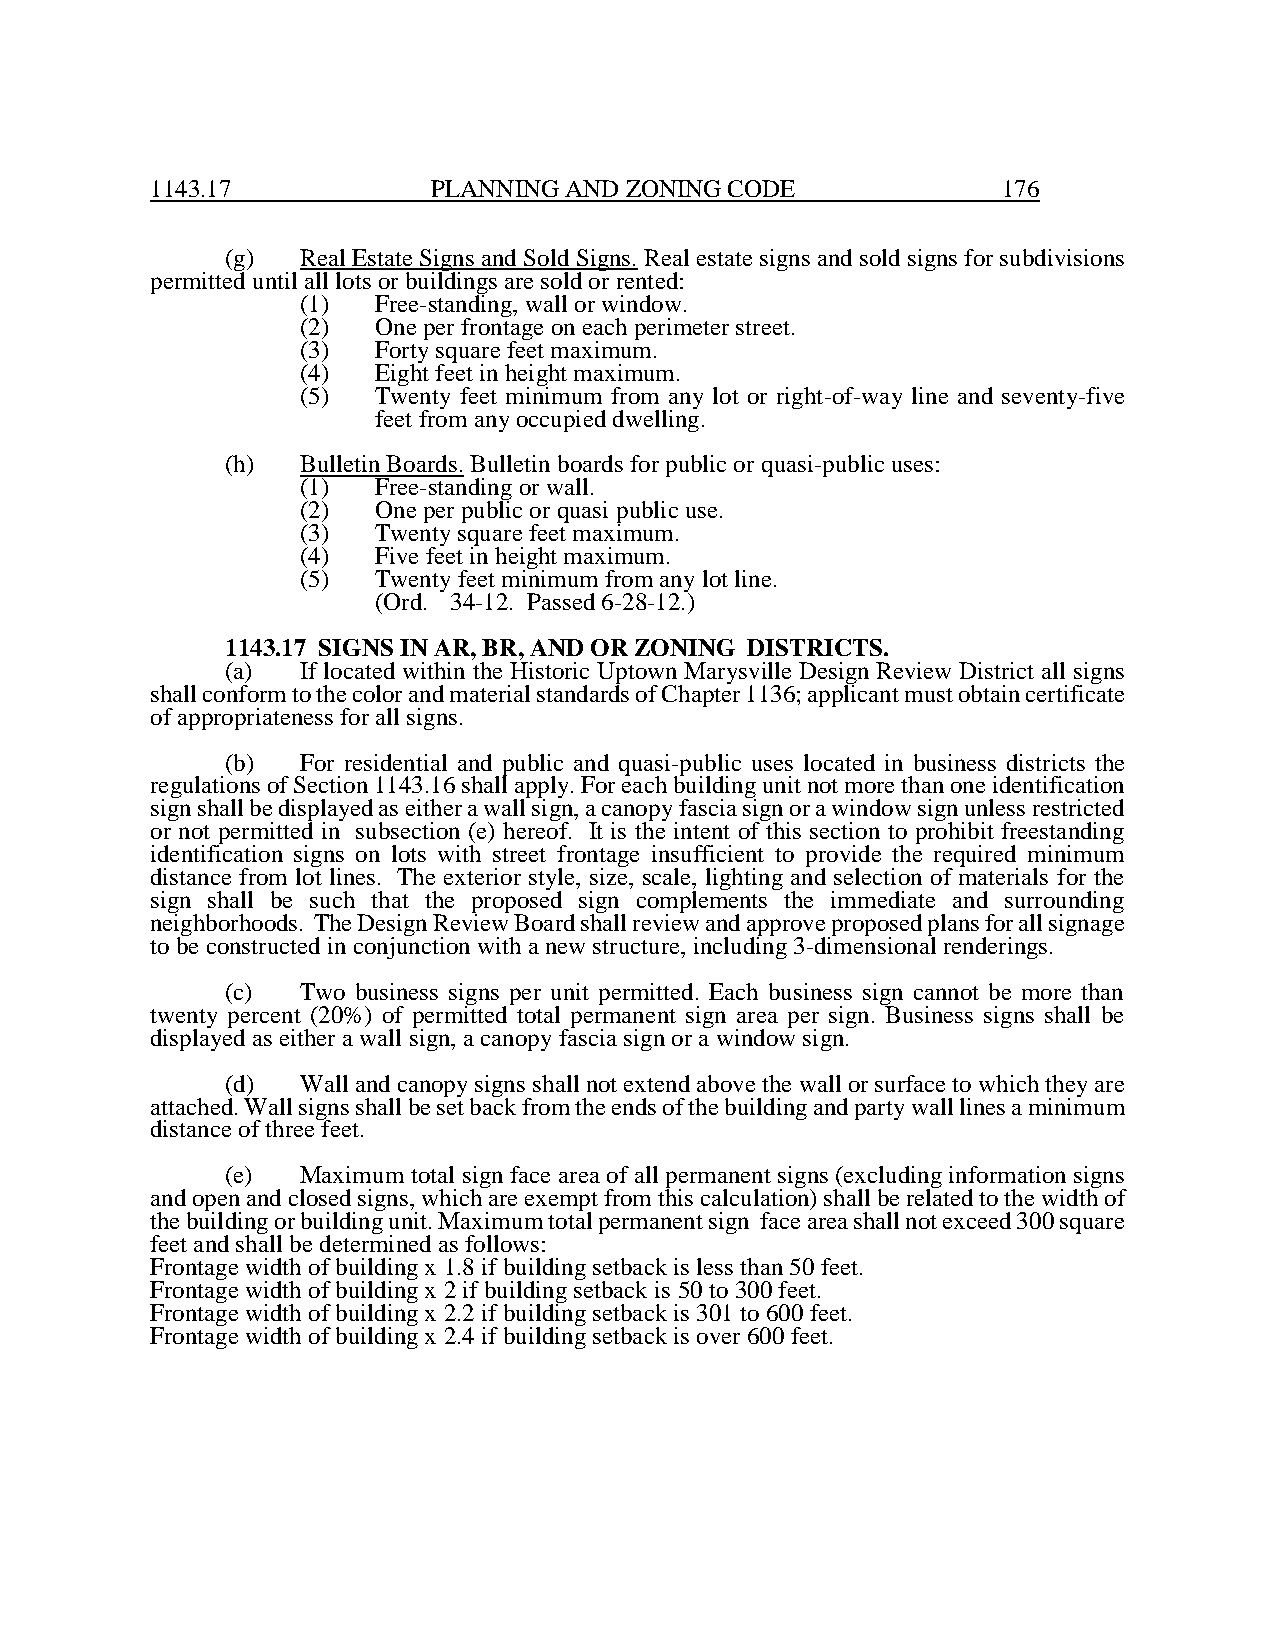
1143.17            PLANNING AND ZONING CODE             176
 (g)  Real Estate Signs and Sold Signs. Real estate signs and sold signs for subdivisions
 permitted until all lots or buildings are sold or rented:
 (1)  Free-standing, wall or window.
 (2)  One per frontage on each perimeter street.
 (3)  Forty square feet maximum.
 (4)  Eight feet in height maximum.
 (5)  Twenty feet minimum from any lot or right-of-way line and seventy-five
 feet from any occupied dwelling.
 (h)  Bulletin Boards. Bulletin boards for public or quasi-public uses:
 (1)  Free-standing or wall.
 (2)  One per public or quasi public use.
 (3)  Twenty square feet maximum.
 (4)  Five feet in height maximum.
 (5)  Twenty feet minimum from any lot line.
 (Ord. 34-12. Passed 6-28-12.)
 1143.17 SIGNS IN AR, BR, AND OR ZONING DISTRICTS.
 (a)  If located within the Historic Uptown Marysville Design Review District all signs
 shall conform to the color and material standards of Chapter 1136; applicant must obtain certificate
 of appropriateness for all signs.
 (b)  For residential and public and quasi-public uses located in business districts the
 regulations of Section 1143.16 shall apply. For each building unit not more than one identification
 sign shall be displayed as either a wall sign, a canopy fascia sign or a window sign unless restricted
 or not permitted in subsection (e) hereof. It is the intent of this section to prohibit freestanding
 identification signs on lots with street frontage insufficient to provide the required minimum
 distance from lot lines. The exterior style, size, scale, lighting and selection of materials for the
 sign shall be such that the proposed sign complements the immediate and surrounding
 neighborhoods. The Design Review Board shall review and approve proposed plans for all signage
 to be constructed in conjunction with a new structure, including 3-dimensional renderings.
 (c)  Two business signs per unit permitted. Each business sign cannot be more than
 twenty percent (20%) of permitted total permanent sign area per sign. Business signs shall be
 displayed as either a wall sign, a canopy fascia sign or a window sign.
 (d)  Wall and canopy signs shall not extend above the wall or surface to which they are
 attached. Wall signs shall be set back from the ends of the building and party wall lines a minimum
 distance of three feet.
 (e)  Maximum total sign face area of all permanent signs (excluding information signs
 and open and closed signs, which are exempt from this calculation) shall be related to the width of
 the building or building unit. Maximum total permanent sign face area shall not exceed 300 square
 feet and shall be determined as follows:
 Frontage width of building x 1.8 if building setback is less than 50 feet.
 Frontage width of building x 2 if building setback is 50 to 300 feet.
 Frontage width of building x 2.2 if building setback is 301 to 600 feet.
 Frontage width of building x 2.4 if building setback is over 600 feet.